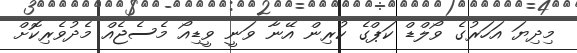
މިދިޔަ އަހަރުގެ ވޯލްޑް ކަޕްގެ ކުރިން އޭނާ ވަނީ ވީޑިއޯ މެސެޖެއް މެދުވެރިކޮށް